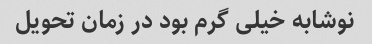
نوشابه خیلی گرم بود در زمان تحویل